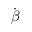
\dot { \boldsymbol { \beta } }